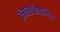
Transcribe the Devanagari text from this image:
कॅमलोपॅरार्डालिस